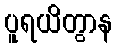
ပူရယိတွာန